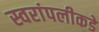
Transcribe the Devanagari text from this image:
स्वरांपलीकडे